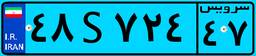
۴۸S۷۲۴۴۷